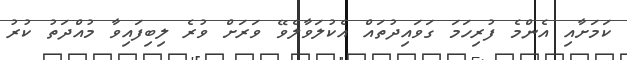
ކަމަށާއި އެންމެ ފުރިހަމަ ގަވައިދުތައް އެކުލަވާލެވޭ ވަރަށް ވުރެ ލިބިފައިވާ މުއްދަތު ކުރު